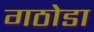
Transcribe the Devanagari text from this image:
गठोडा